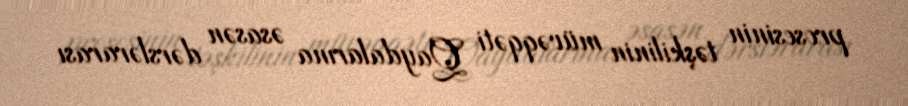
prosesinin təşkilinin müvəqqəti Qaydalarına əsasən dərslərarası